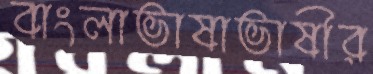
বাংলাভাষাভাষীর